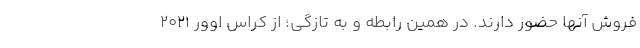
فروش آنها حضور دارند. در همین رابطه و به تازگی؛ از کراس اوور 2021